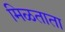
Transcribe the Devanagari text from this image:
मिळताता